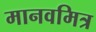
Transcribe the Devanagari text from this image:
मानवमित्र